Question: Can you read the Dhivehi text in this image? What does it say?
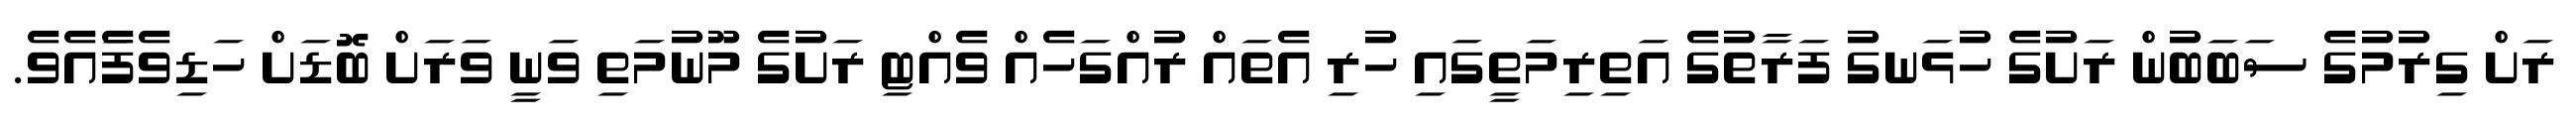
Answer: ރަށް ގިރުމުގެ ސަބަބުން ރަށުގެ ހުޅަނގު ފަރާތުގެ އަތިރިމަތީގައި ހުރި އެތައް ރުއްގަހެއް ވެއްޓި ރަށުގެ މޫނުމަތި ވަނީ ވަރަށް ބޮޑަށް ހަޑިވެފަެއެވެ.